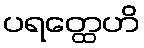
ပရတ္ထေဟိ